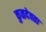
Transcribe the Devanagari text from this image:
कुळदेवता